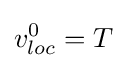
v_{loc}^{0}=T